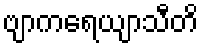
ဗျာကရေယျာသီတိ